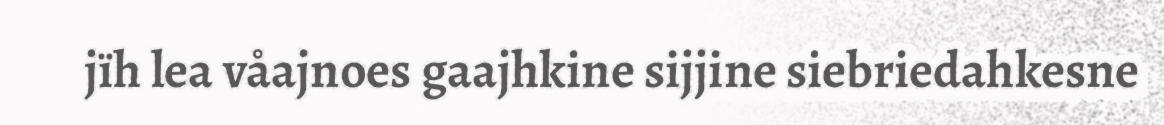
jïh lea våajnoes gaajhkine sijjine siebriedahkesne